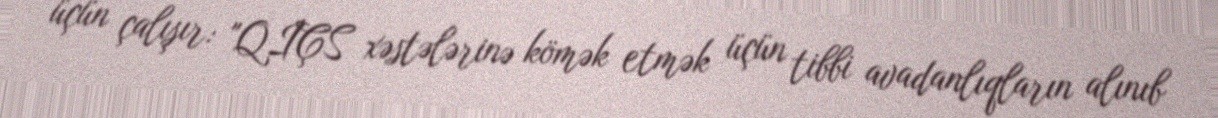
üçün çalışır: "QİÇS xəstələrinə kömək etmək üçün tibbi avadanlıqların alınıb